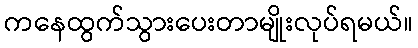
ကနေထွက်သွားပေးတာမျိုးလုပ်ရမယ်။